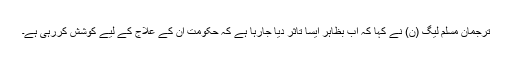
ترجمان مسلم لیگ (ن) نے کہا کہ اب بظاہر ایسا تاثر دیا جارہا ہے کہ حکومت ان کے علاج کے لیے کوشش کررہی ہے۔